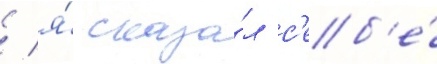
/ я́ сказа́л с'еб'е́